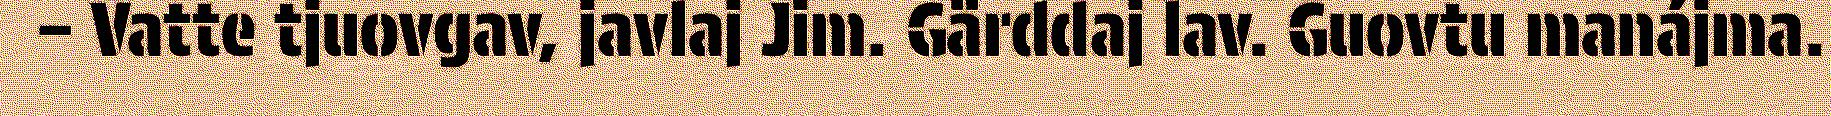
– Vatte tjuovgav, javlaj Jim. Gärddaj lav. Guovtu manájma.